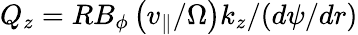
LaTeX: Q_{z}=RB_{\phi}\left(v_{\| }/\Omega\right)k_{z}/(d\psi/dr)